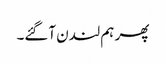
پھر ہم لندن آگئے۔